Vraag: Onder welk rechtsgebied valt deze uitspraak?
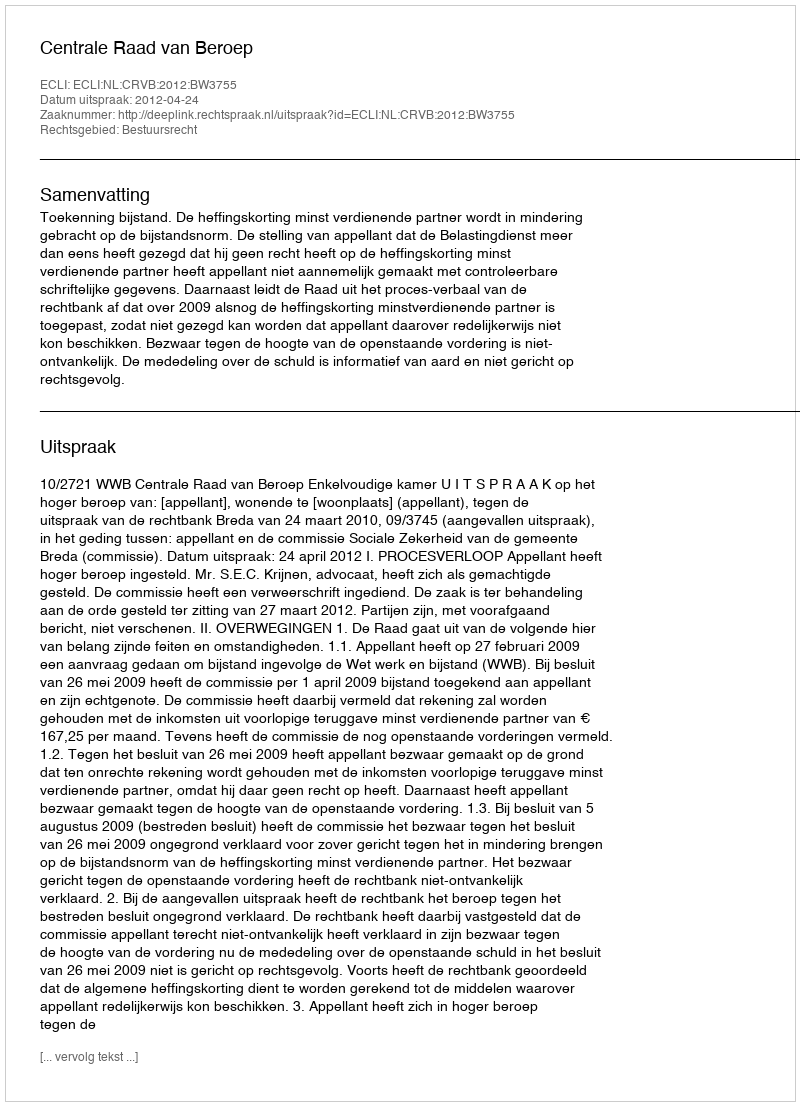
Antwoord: Bestuursrecht